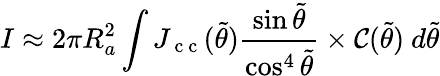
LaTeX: I\approx 2\pi R_{a}^{2}\int J_{\mathrm{~c~c~}}(\tilde{\theta})\frac{\sin\tilde{\theta}}{\cos^{4}\tilde{\theta}}\times{\cal C}(\tilde{\theta})~d\tilde{\theta}